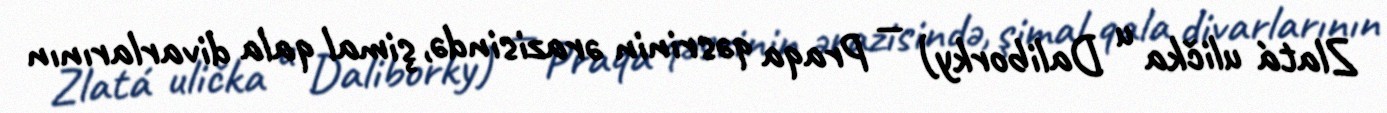
Zlatá ulička u Daliborky) — Praqa qəsrinin ərazisində, şimal qala divarlarının